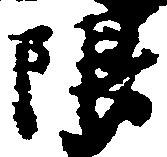
限